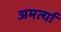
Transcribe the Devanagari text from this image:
अमर्त्या